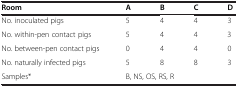
| Room | A | B | C | D |
 | --- | --- | --- | --- | --- |
 | No. inoculated pigs | 5 | 4 | 4 | 3 |
 | No. within-pen contact pigs | 5 | 4 | 4 | 3 |
 | No. between-pen contact pigs | 0 | 4 | 4 | 0 |
 | No. naturally infected pigs | 5 | 8 | 8 | 3 |
 | Samples* | <COLSPAN=4> B, NS, OS, RS, R |